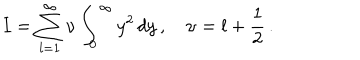
I = \sum _ { l = 1 } ^ { \infty } \nu \int _ { 0 } ^ { \infty } y ^ { 2 } \, d y \, , \quad \nu = l + \frac { 1 } { 2 } \, { . }